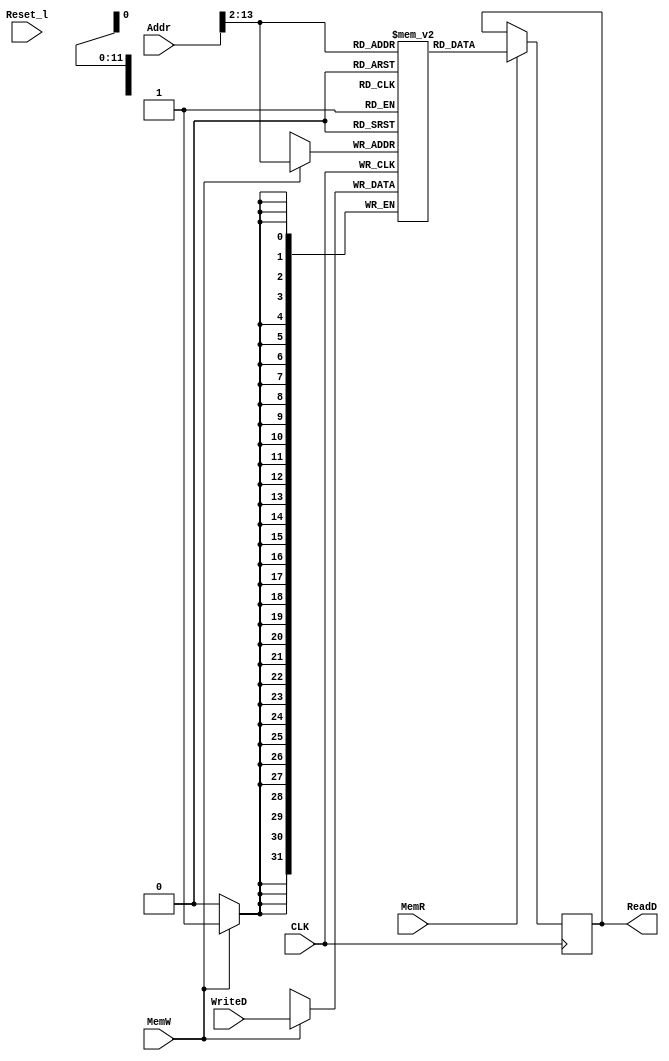

module DataMem (ReadD, Addr, WriteD, MemR, MemW, CLK, Reset_l);
	input [31:0] Addr, WriteD;
	input MemR, MemW, CLK, Reset_l;
	output [31:0] ReadD;
	reg [31:0] ReadD;
	reg [31:0] Data[4095:0]; //Memory
	integer i;
	

		
	initial	begin
	   Data[0] = 4;	// increment for array index
	   Data[1] = 3;	// number of elements to add
	   Data[2] = 50;	// element A[0]
	   Data[3] = 40;	// element A[1]
	   Data[4] = 30;	// element A[2]
	   Data[5] = 0;	// sum of the array elements
	   Data[6] = 0;
	   Data[7] = 0;
	   Data[8] = 0;	// result of test program 2
	end

	always @ (posedge CLK)
	begin
	if (MemR==1)
			ReadD = Data[Addr>>2];
	end
	
	always @ (negedge CLK)
	begin
		if (MemW==1)
		begin
			Data[Addr>>2] <= WriteD;
			$display("\nSTORE WORD  old MEM[%d]= %d new data= %d\n",Addr>>2 ,Data[Addr>>2], WriteD);
		end
	end
	
	
endmodule